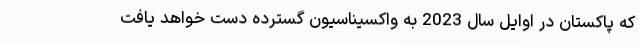
که پاکستان در اوایل سال 2023 به واکسیناسیون گسترده دست خواهد یافت